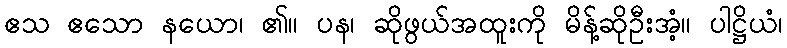
ဧသ ဧသော နယော၊ ၏။ ပန၊ ဆိုဖွယ်အထူးကို မိန့်ဆိုဦးအံ့။ ပါဋ္ဌိယံ၊